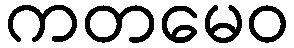
ကတမေဝ